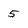
Character: 5